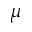
\mu